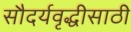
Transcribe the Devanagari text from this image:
सौदर्यवृद्धीसाठी